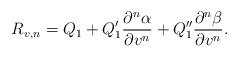
LaTeX: \begin{align*} R_{v,n}=Q_1+Q_1'\frac{\partial^n\alpha}{\partial v^n}+Q_1''\frac{\partial^n\beta}{\partial v^n}.\end{align*}